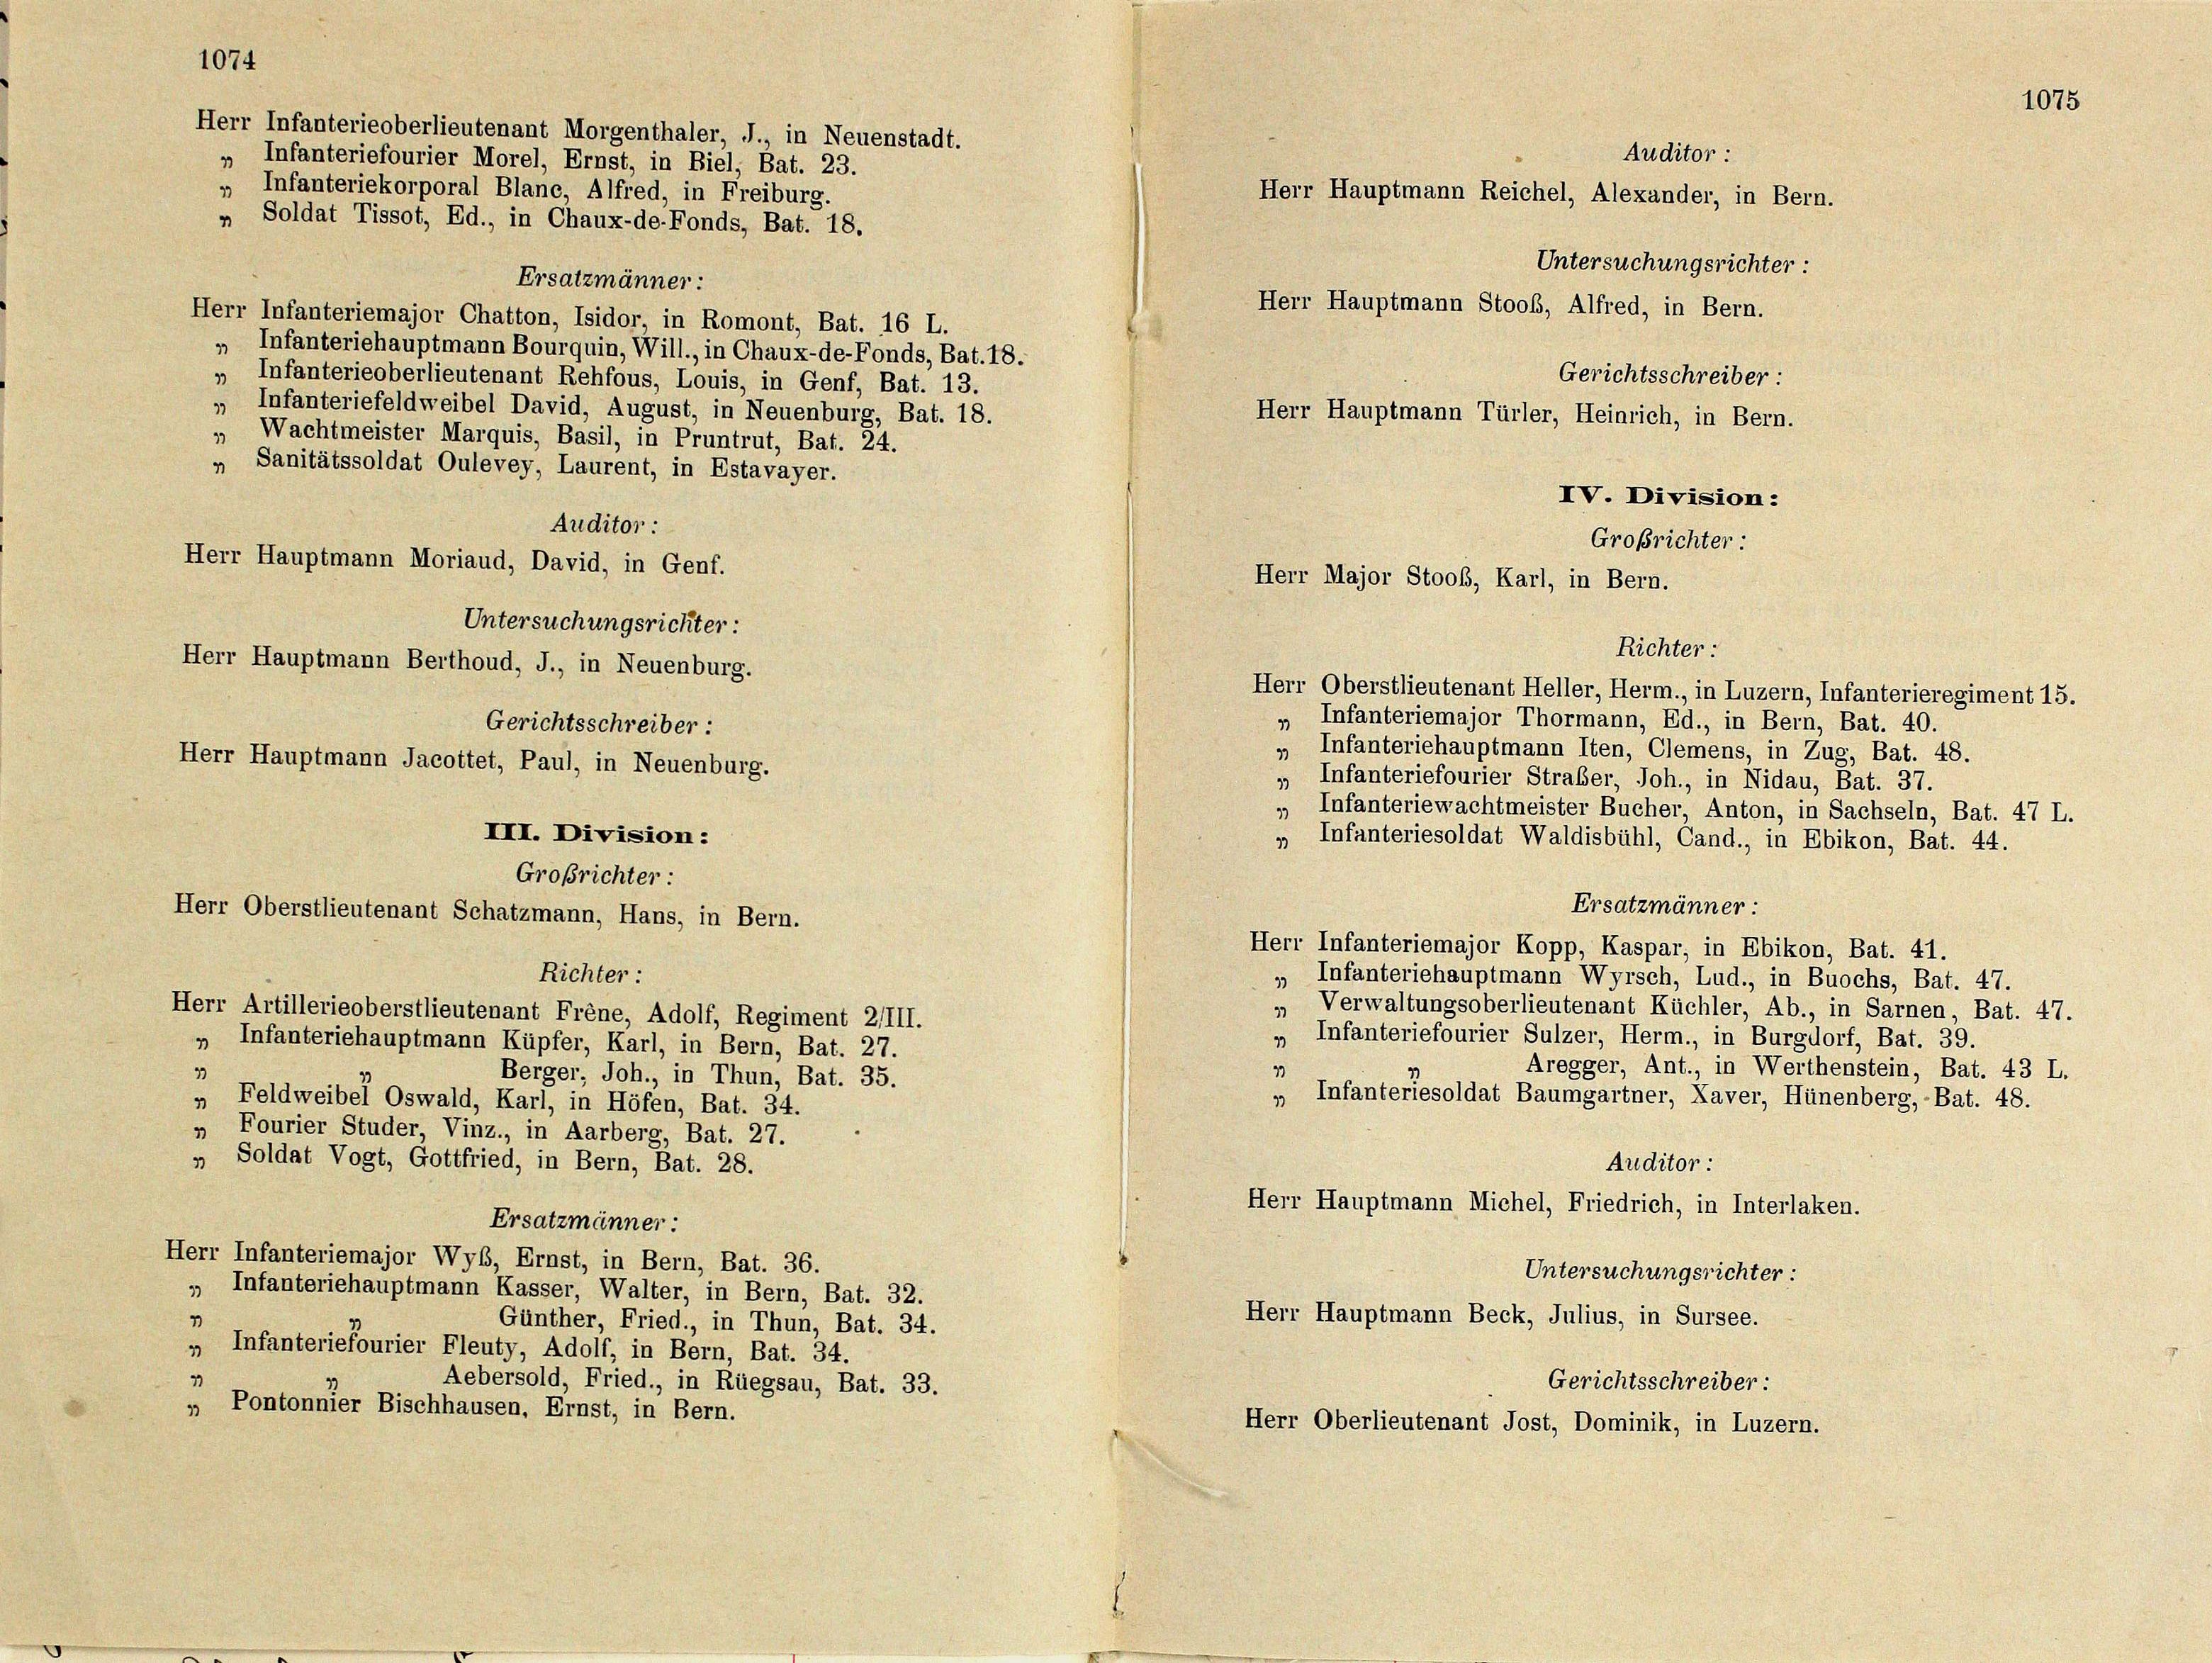
1074

Ersatzmänner:
Herr Infanteriemajor Chatton, Isidor, in Romont, Bat. 16 L.
„ Infanteriehauptmann Bourquin, Will., in Chaux-de-Fonds, Bat. 18.
19
Infanterieoberlieutenant Rehfous, Louis, in Genf, Bat. 13.
„ Infanteriefeldweibel David, August, in Neuenburg, Bat. 18.
Wachtmeister Marquis, Basil, in Pruntrut, Bat. 24.
49
„ Sanitätssoldat Oulevey, Laurent, in Estavayer.
Auditor :
Herr Hauptmann Moriaud, David, in Genf.
Untersuchungsrichter:
Herr Hauptmann Jacottet, Paul, in Neuenburg.
III. Division:
Großrichter:
Herr Oberstlieutenant Schatzmann, Hans, in Bern.
Richter :
Herr Artillerieoberstlieutenant Frene, Adolf, Regiment 2/III.
„ Infanteriehauptmann Küpfer, Karl, in Bern, Bat. 27.
29
Berger, Joh., in Thun, Bat. 35.
„ Feldweibel Oswald, Karl, in Höfen, Bat. 34.
„ Fourier Studer, Vinz., in Aarberg, Bat. 27.
„ Soldat Vogt, Gottfried, in Bern, Bat. 28.
Ersatzmänner:
Herr Infanteriemajor Wyb, Ernst, in Bern, Bat. 36.
„ Infanteriehauptmann Kasser, Walter, in Bern, Bat. 32.
1
Günther, Fried., in Thun, Bat. 34.
„ Infanteriefourier Fleuty, Adolf, in Bern, Bat. 34.
Aebersold, Fried., in Rüegsau, Bat. 33.
„ Pontonnier Bischhausen, Ernst, in Bern.

Herr Infanterieoberlieutenant Morgenthaler, J., in Neuenstadt.
„ Infanteriefourier Morel, Ernst, in Biel, Bat. 23.
„ Infanteriekorporal Blanc, Alfred, in Freiburg.
„ Soldat Tissot, Ed., in Chaux-de-Fonds, Bat. 18.

Herr Hauptmann Berthoud, J., in Neuenburg.
Gerichtsschreiber:

Auditor :
Herr Hauptmann Reichel, Alexander, in Bern.
Herr Hauptmann Stoos, Alfred, in Bern.
Gerichtsschreiber:
Herr Hauptmann Türler, Heinrich, in Bern.
IV. Division:
Großrichter:

Herr Major Stoos, Karl, in Bern.

Richter-

Untersuchungsrichter

1075

Herr Oberstlieutenant Heller, Herm., in Luzern, Infanterieregiment 15.
Infanteriemajor Thormann, Ed., in Bern, Bat. 40.
„ Infanteriehauptmann Iten, Clemens, in Zug, Bat. 48.
19
Infanteriefourier Straßer, Joh., in Nidau, Bat. 37.
„ Infanteriewachtmeister Bucher, Anton, in Sachseln, Bat. 47 L.
„ Infanteriesoldat Waldisbühl, Cand., in Ebikon, Bat. 44.
Ersatzmänner
Herr Infanteriemajor Kopp, Kaspar, in Ebikon, Bat. 41.
„ Infanteriehauptmann Wyrsch, Lud., in Buochs, Bat. 47.
" Verwaltungsoberlieutenant Küchler, Ab., in Sarnen, Bat. 47.
„ Infanteriefourier Sulzer, Herm., in Burgdorf, Bat. 39.
Aregger, Ant., in Werthenstein, Bat. 43 L.
19
„ Infanteriesoldat Baumgartner, Kaver, Hünenberg, Bat. 48.
Auditor :
Herr Hauptmann Michel, Friedrich, in Interlaken.
Untersuchungsrichter:
Herr Hauptmann Beck, Julius, in Sursee.
Gerichtsschreiber:
Herr Oberlieutenant Jost, Dominik, in Luzern.